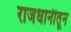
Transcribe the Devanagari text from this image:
राजधानीतून